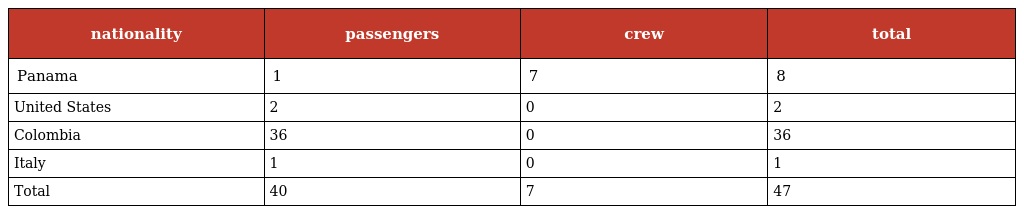
| nationality | passengers | crew | total |
 | --- | --- | --- | --- |
 | Panama | 1 | 7 | 8 |
 | United States | 2 | 0 | 2 |
 | Colombia | 36 | 0 | 36 |
 | Italy | 1 | 0 | 1 |
 | Total | 40 | 7 | 47 |